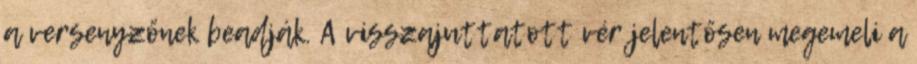
a versenyzőnek beadják. A visszajuttatott vér jelentősen megemeli a